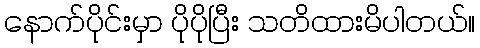
နောက်ပိုင်းမှာ ပိုပိုပြီး သတိထားမိပါတယ်။